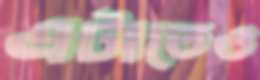
এটাতেও